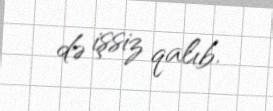
də işsiz qalıb.